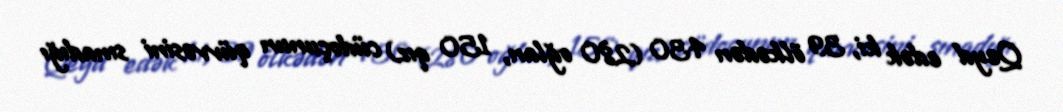
Qeyd edək ki, 39 ölkədən 430 (280 oğlan, 150 qız) cüdoçunun qüvvəsini sınadığı